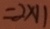
= 2 \times 1 1